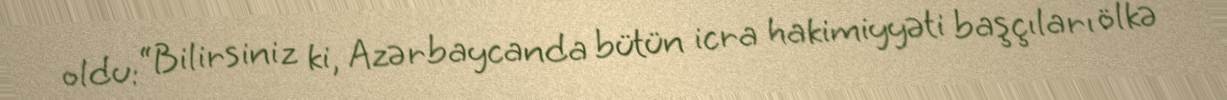
oldu: “Bilirsiniz ki, Azərbaycanda bütün icra hakimiyyəti başçıları ölkə